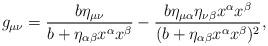
LaTeX: \begin{align*} g_{\mu\nu}=\frac{b\eta_{\mu\nu}}{b+\eta_{\alpha\beta}x^\alpha x^\beta}-\frac{b\eta_{\mu\alpha}\eta_{\nu\beta}x^\alpha x^\beta}{(b+\eta_{\alpha\beta}x^\alpha x^\beta)^2},\end{align*}